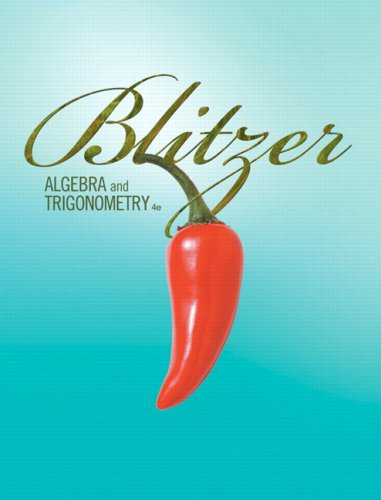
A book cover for Algebra and Trigonometry (4th Edition); Robert F. Blitzer; Science & Math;